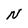
Character: N